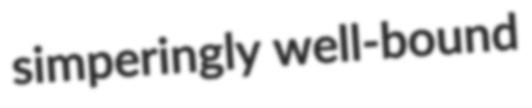
simperingly well-bound